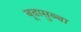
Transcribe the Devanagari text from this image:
बूढासुब्बा